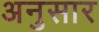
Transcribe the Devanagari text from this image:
अनुसार